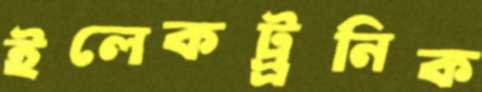
ইলেকট্র্রনিক